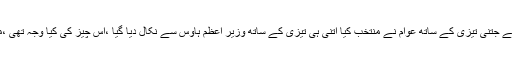
نواز شریف نے کہا کہ مجھے جتنی تیزی کے ساتھ عوام نے منتخب کیا اتنی ہی تیزی کے ساتھ وزیر اعظم ہاوس سے نکال دیا گیا ،اس چیز کی کیا وجہ تھی ،میں نے کونسی کرپشن کی ۔